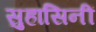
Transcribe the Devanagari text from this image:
सुहासिनीं